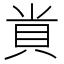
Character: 𮙲